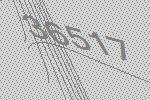
36517